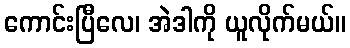
ကောင်းပြီလေ၊ အဲဒါကို ယူလိုက်မယ်။